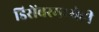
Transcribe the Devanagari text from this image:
डिसेंबरमध्येही